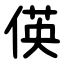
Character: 偀